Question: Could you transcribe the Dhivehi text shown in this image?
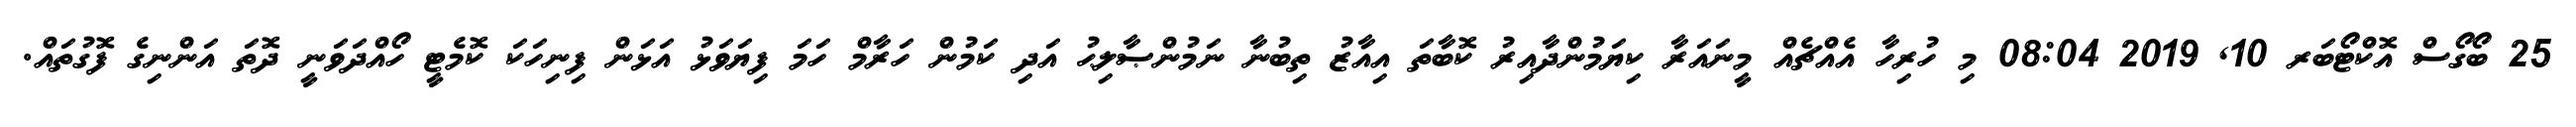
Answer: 25 ބޯގޯސް އޮކްޓޯބަރ 10, 2019 08:04 މި ހުރިހާ އެއްޗެއް މީނައަރާ ކިޔަމުންދާއިރު ކޮބާތަ އިއާޒު ތިބުނާ ނަމުންޞާލިޙު އަދި ކަމުން ހަރާމް ހަމަ ފިޔަވަޅު އަޅަން ފިނިހަކަ ކޮމެޓީ ހޯއްދަވަނީ ދޮތަ އަންނިގެ ފޮގުތައް.